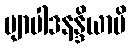
ဗျာပါဒနန္ဒိယာပိ